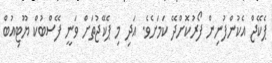
ޕެކޭޖް އެކުންފުނިން ފޯރުކޮށްދޭ ކަަމަށެވެ. އަދި މި ޕެކޭޖުތަށް ވަނީ ފޭސްބުކް ޔޫޓިއުބް